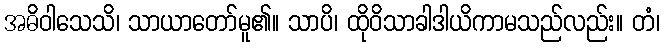
အဓိဝါသေသိ၊ သာယာတော်မူ၏။ သာပိ၊ ထိုဝိသာခါဒါယိကာမသည်လည်း။ တံ၊